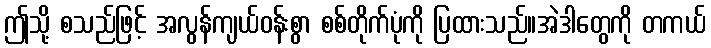
ဤသို့ စသည်ဖြင့် အလွန်ကျယ်ဝန်းစွာ စစ်တိုက်ပုံကို ပြထားသည်။အဲဒါတွေကို တကယ်